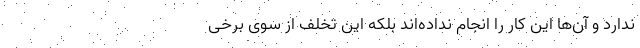
ندارد و آن‌ها این کار را انجام نداده‌اند بلکه این تخلف از سوی برخی